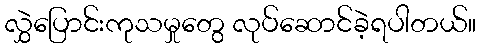
လွှဲပြောင်းကုသမှုတွေ လုပ်ဆောင်ခဲ့ရပါတယ်။